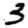
Digit: 3